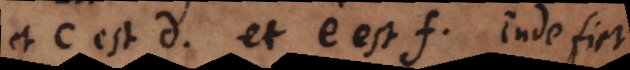
et c est d, et e est f, inde fiet